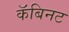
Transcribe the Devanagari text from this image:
कॅबिनट